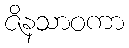
ဇိနသာဝကာ